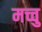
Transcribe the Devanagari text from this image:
मच्चु